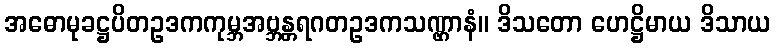
အဓောမုခဋ္ဌပိတဥဒကကုမ္ဘအဗ္ဘန္တရဂတဥဒကသဏ္ဌာနံ။ ဒိသတော ဟေဋ္ဌိမာယ ဒိသာယ